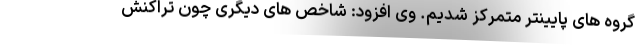
گروه های پایینتر متمرکز شدیم. وی افزود: شاخص های دیگری چون تراکنش